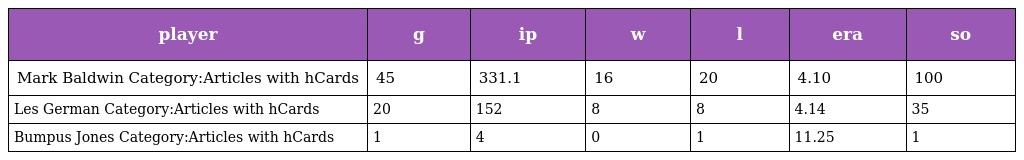
| player | g | ip | w | l | era | so |
 | --- | --- | --- | --- | --- | --- | --- |
 | Mark Baldwin Category:Articles with hCards | 45 | 331.1 | 16 | 20 | 4.10 | 100 |
 | Les German Category:Articles with hCards | 20 | 152 | 8 | 8 | 4.14 | 35 |
 | Bumpus Jones Category:Articles with hCards | 1 | 4 | 0 | 1 | 11.25 | 1 |